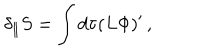
LaTeX: \delta _ { \parallel } S = \int d \tau ( L \Phi ) ^ { \prime } \, ,